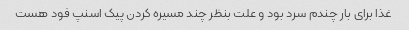
غذا برای بار چندم سرد بود و علت بنظر چند مسیره کردن پیک اسنپ فود هست